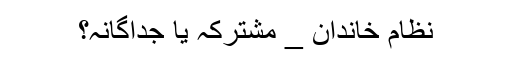
نظامِ خاندان _ مشترکہ یا جداگانہ؟